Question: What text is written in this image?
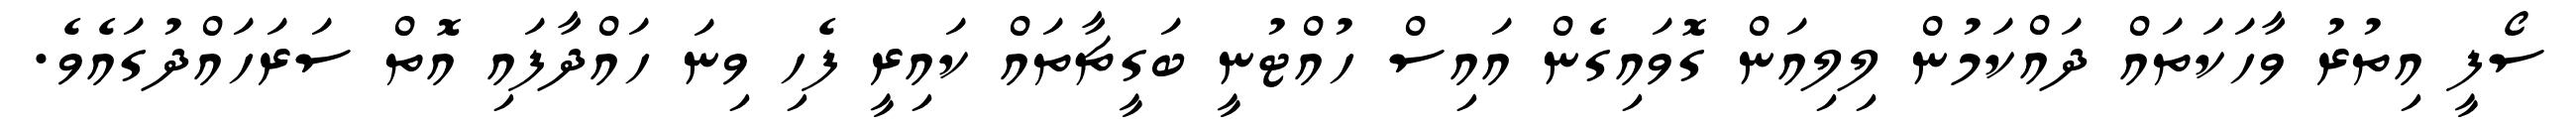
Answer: ސޯފީ އިތުރު ވާހަކަތައް ދައްކަމުން ލިލިއަން ގޮވައިގެން އައިސް ހުއްޓުނީ ބަގީޗާތައް ކައިރީ ފެހި ވިނަ ހައްދާފައި އޮތް ސަރަހައްދުގައެވެ.